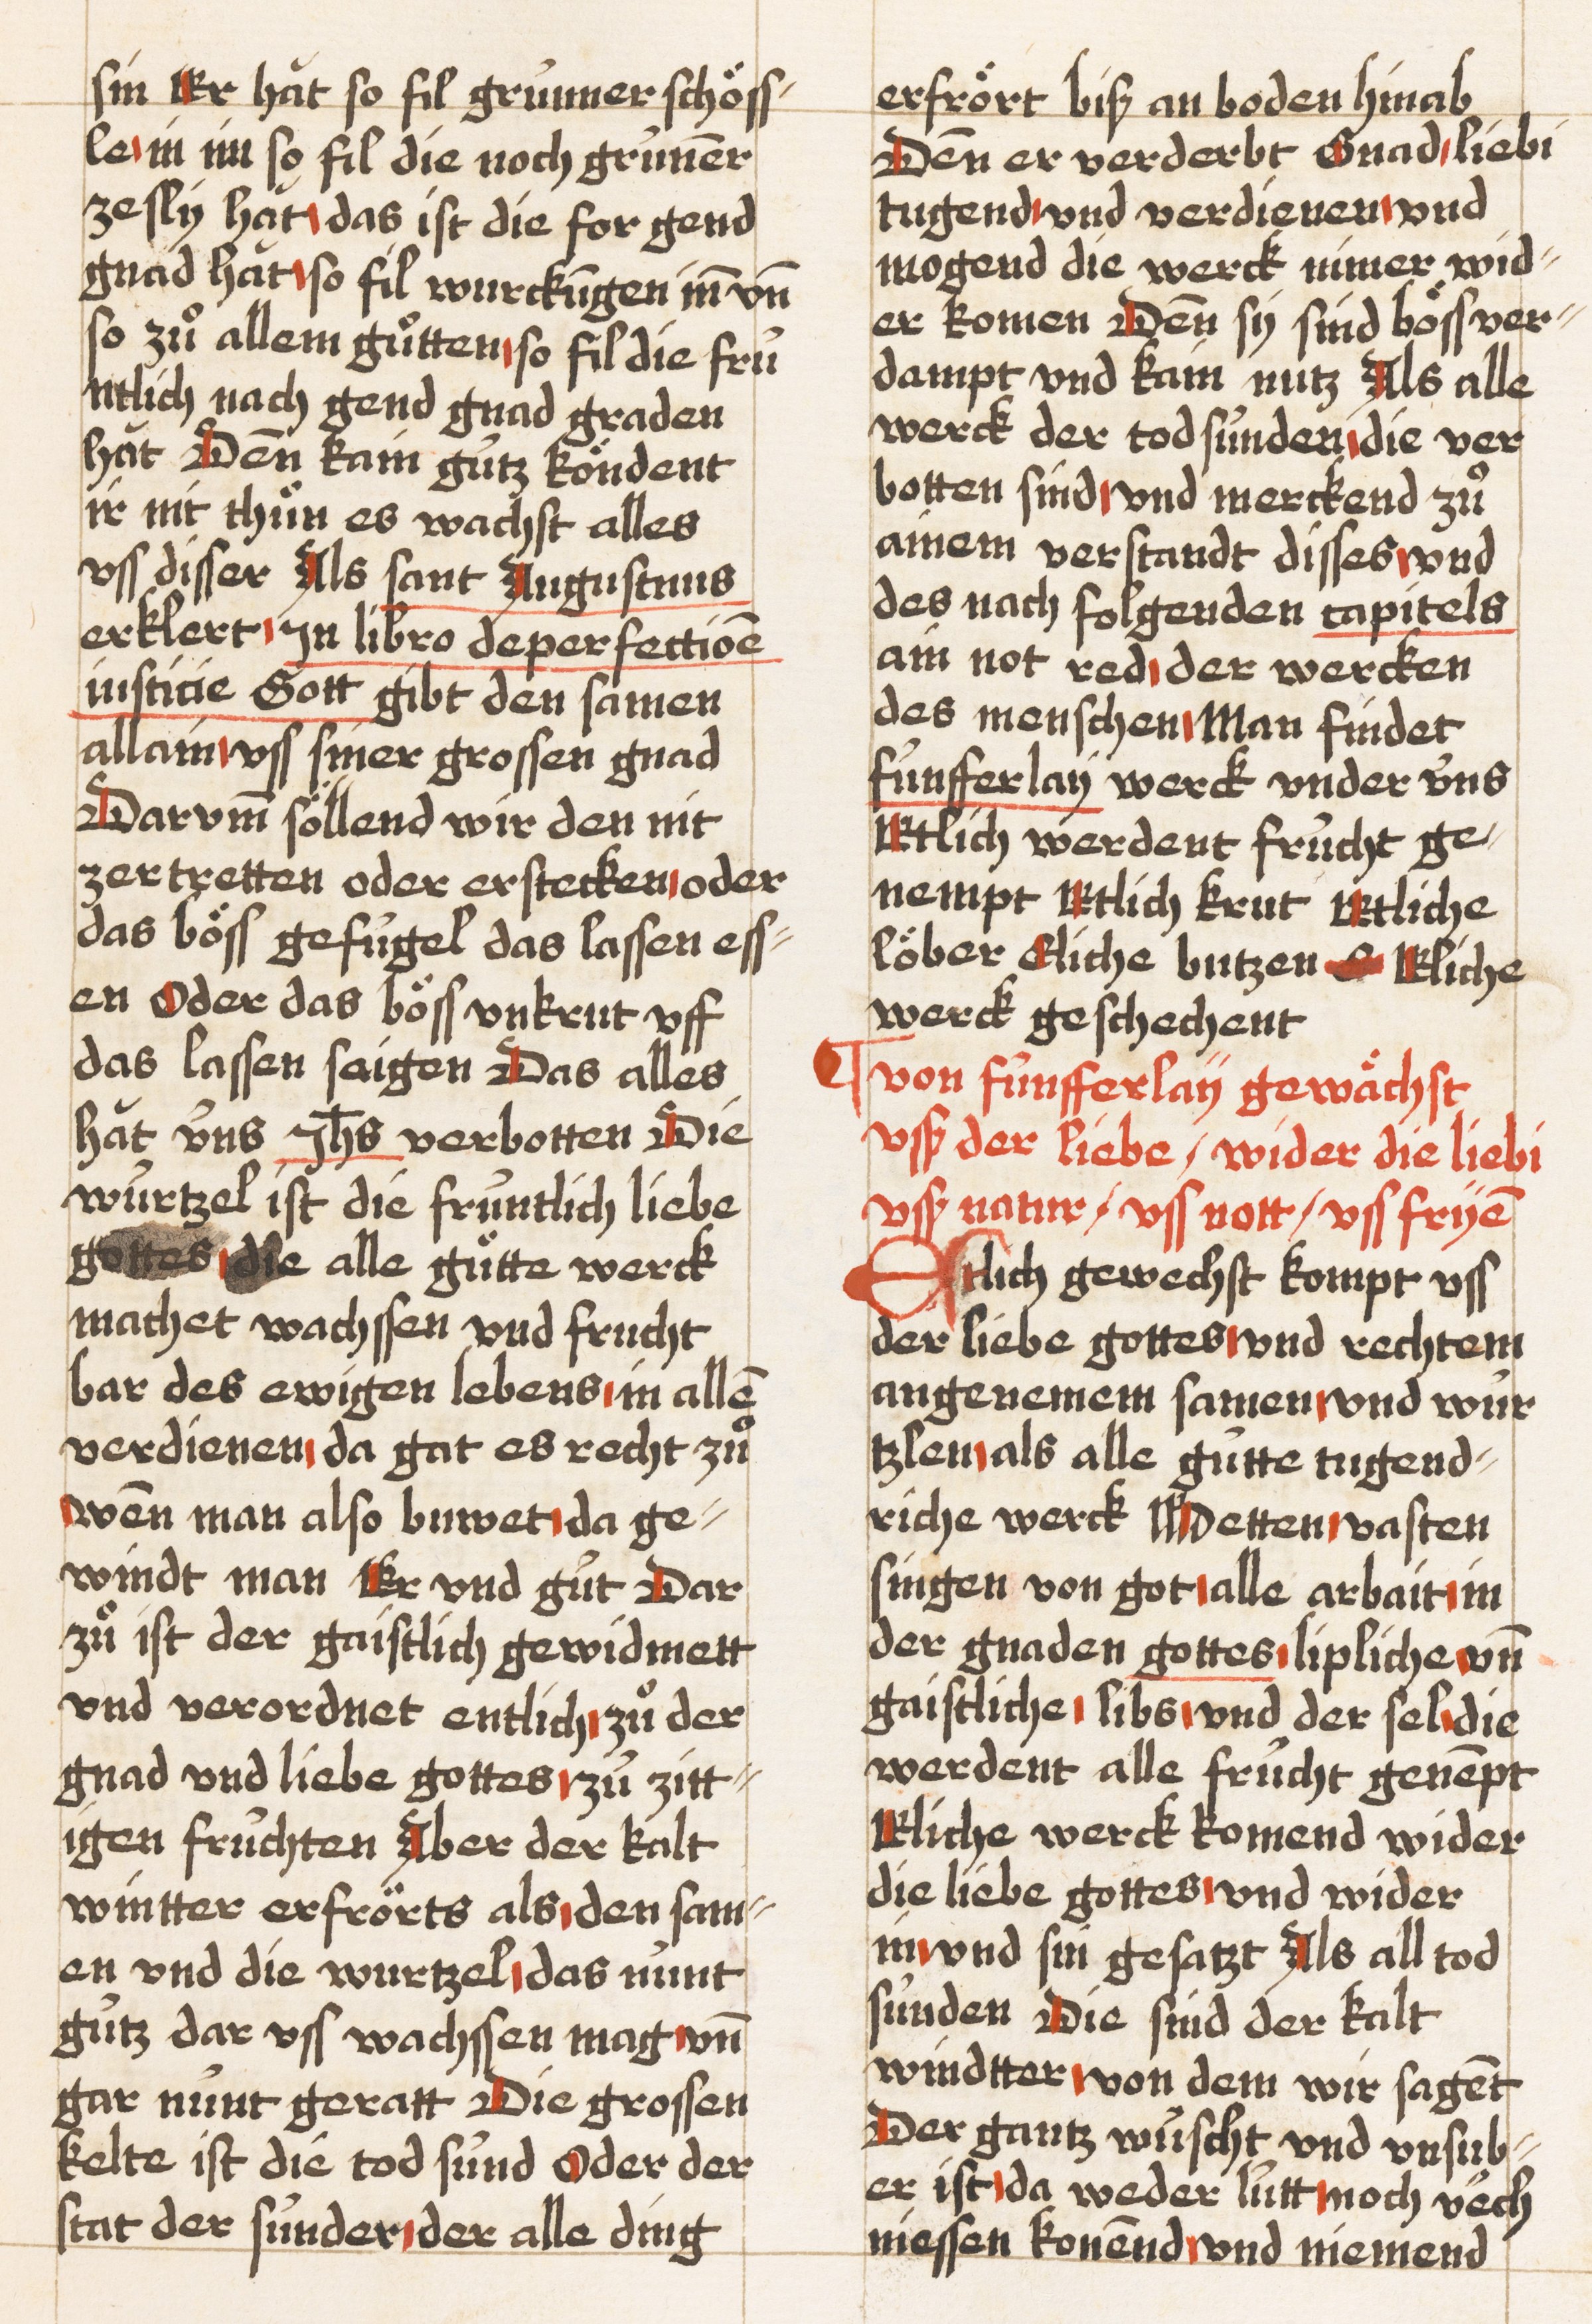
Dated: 1521–1522